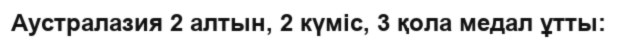
Аустралазия 2 алтын, 2 күміс, 3 қола медал ұтты: